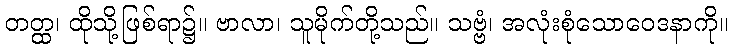
တတ္ထ၊ ထိုသို့ဖြစ်ရာ၌။ ဗာလာ၊ သူမိုက်တို့သည်။ သဗ္ဗံ၊ အလုံးစုံသောဝေဒနာကို။